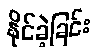
နိုင်ခဲ့ခြင်း